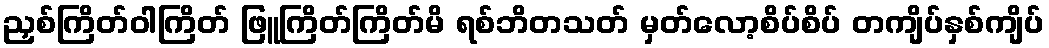
ညှစ်ကြိတ်ဝါကြိတ် ဖြူကြိတ်ကြိတ်မိ ရစ်ဘိတသတ် မှတ်လော့စိပ်စိပ် တကျိပ်နှစ်ကျိပ်